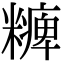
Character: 𥽅